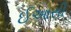
ઈઆસી